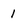
Character: 1